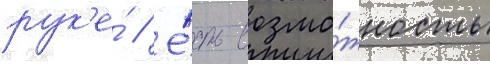
рук'е́ // Е́сть возмо́жность